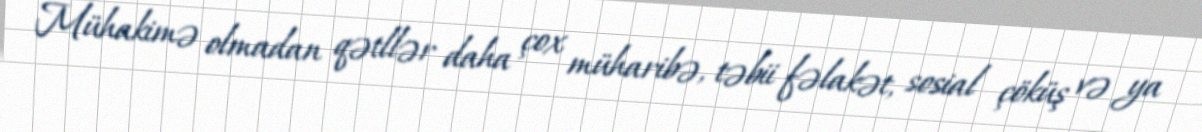
Mühakimə olmadan qətllər daha çox müharibə, təbii fəlakət, sosial çöküş və ya